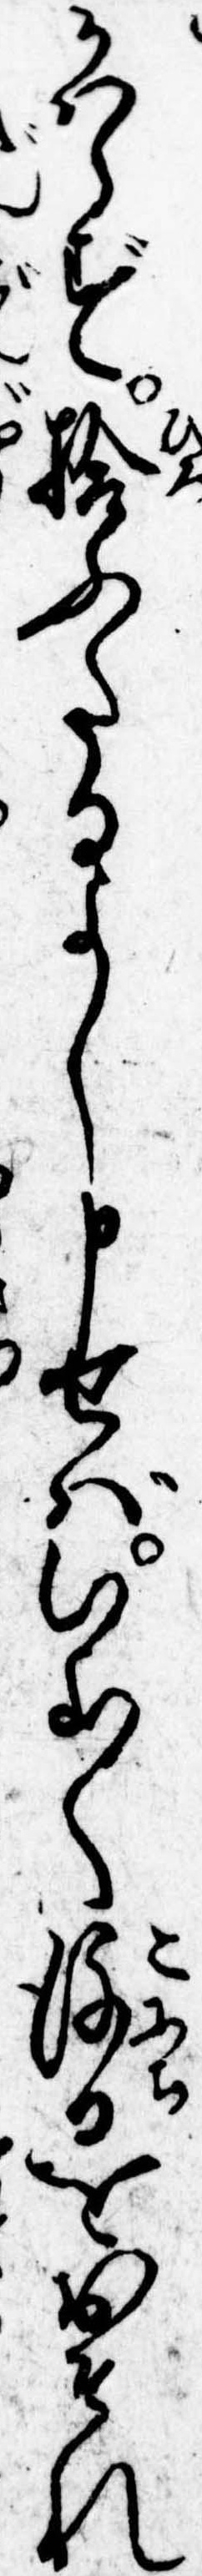
かはらず拾ふたるよし申せばいよ〱後日をおそれ